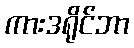
ကားဒရိုင်ဘာ